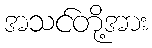
အသင်တို့အား